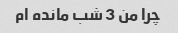
چرا من 3 شب مانده ام